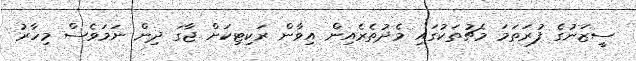
ސީޒަނުގެ ފުރަތަމަ މެޗުތަކުގައި މެދުތެރެއިން އިވާން ރަކިޓިކަށް ޖާގަ ދިން ނަމަވެސް މިހާރު